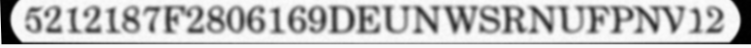
5212187F2806169DEUNWSRNUFPNV12